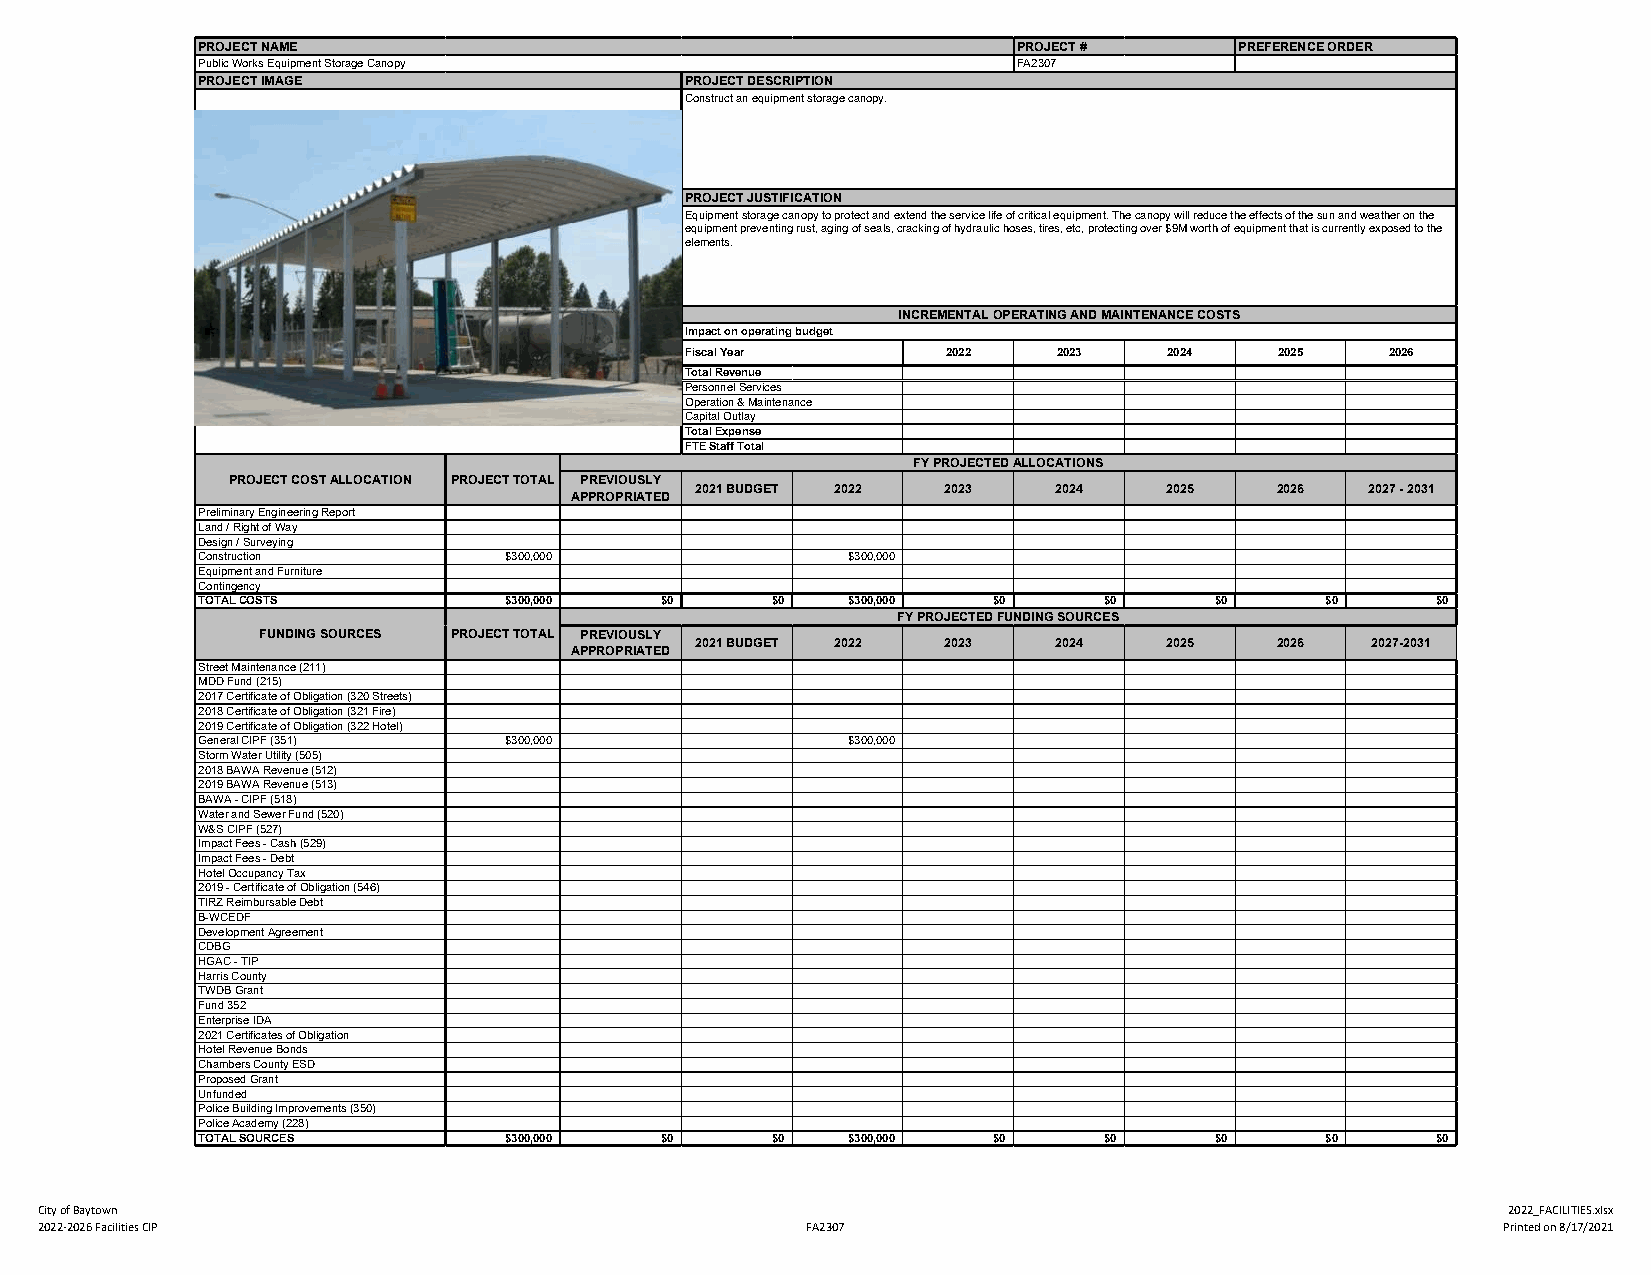
PROJECT NAME                                          PROJECT #      PREFERENCE ORDER
 Public Works Equipment Storage Canopy                 FA2307
 PROJECT IMAGE                   PROJECT DESCRIPTION
 Construct an equipment storage canopy.
 PROJECT JUSTIFICATION
 Equipment storage canopy to protect and extend the service life of critical equipment. The canopy will reduce the effects of the sun and weather on the
 equipment preventing rust, aging of seals, cracking of hydraulic hoses, tires, etc, protecting over $9M worth of equipment that is currently exposed to the
 elements.
 INCREMENTAL OPERATING AND MAINTENANCE COSTS
 Impact on operating budget
 Fiscal Year       2022   2023   2024    2025   2026
 Total Revenue
 Personnel Services
 Operation & Maintenance
 Capital Outlay
 Total Expense
 FTE Staff Total
 FY PROJECTED ALLOCATIONS
 PROJECT COST ALLOCATION PROJECT TOTAL PREVIOUSLY
 2021 BUDGET 2022 2023   2024   2025   2026   2027 - 2031
 APPROPRIATED
 Preliminary Engineering Report
 Land / Right of Way
 Design / Surveying
 Construction        $300,000               $300,000
 Equipment and Furniture
 Contingency
 TOTAL COSTS         $300,000   $0     $0   $300,000  $0     $0     $0      $0     $0
 FY PROJECTED FUNDING SOURCES
 FUNDING SOURCES PROJECT TOTAL PREVIOUSLY
 2021 BUDGET 2022 2023   2024   2025   2026   2027-2031
 APPROPRIATED
 Street Maintenance (211)
 MDD Fund (215)
 2017 Certificate of Obligation (320 Streets)
 2018 Certificate of Obligation (321 Fire)
 2019 Certificate of Obligation (322 Hotel)
 General CIPF (351)  $300,000               $300,000
 Storm Water Utility (505)
 2018 BAWA Revenue (512)
 2019 BAWA Revenue (513)
 BAWA - CIPF (518)
 Water and Sewer Fund (520)
 W&S CIPF (527)
 Impact Fees - Cash (529)
 Impact Fees - Debt
 Hotel Occupancy Tax
 2019 - Certificate of Obligation (546)
 TIRZ Reimbursable Debt
 B-WCEDF
 Development Agreement
 CDBG
 HGAC - TIP
 Harris County
 TWDB Grant
 Fund 352
 Enterprise IDA
 2021 Certificates of Obligation
 Hotel Revenue Bonds
 Chambers County ESD
 Proposed Grant
 Unfunded
 Police Building Improvements (350)
 Police Academy (228)
 TOTAL SOURCES       $300,000   $0     $0   $300,000  $0     $0     $0      $0     $0
 City of Baytown                                                                                   2022_FACILITIES.xlsx
 2022-2026 Facilities CIP                           FA2307                                        Printed on 8/17/2021